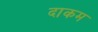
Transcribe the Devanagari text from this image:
दाकम